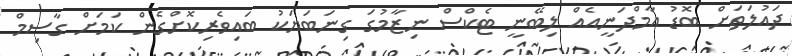
ދައުލަތަށް ބޮޑު އާމްދަނީއެއް ލިބޭނީ ޓެކްސް ނިޒާމުގަ ގިނަބަޔަކު ބައިވެރިކޮށްގެން ކަމަށް ގާސިމް